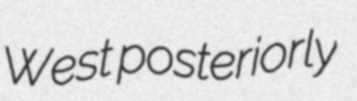
West posteriorly